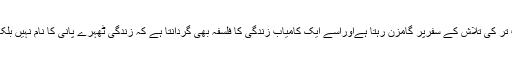
غرض یہ کہ زندگی کے آخری سانس تک وہ خوب سے خوب تر کی تلاش کے سفرپر گامزن رہتا ہےاوراِسے ایک کامیاب زندگی کا فلسفہ بھی گردانتا ہے کہ زندگی ٹھہرے پانی کا نام نہیں بلکہ آگے بڑھنے اورترقی کرتے رہنے سے ہی مکمل ہوتی ہے۔